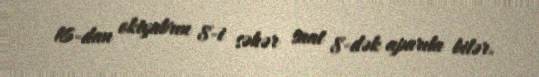
16-dan oktyabrın 8-i səhər saat 8-dək aparıla bilər.